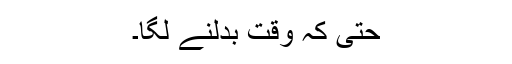
حتیٰ کہ وقت بدلنے لگا۔